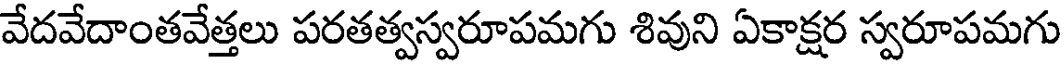
వేదవేదాంతవేత్తలు పరతత్వస్వరూపమగు శివుని ఏకాక్షర స్వరూపమగు